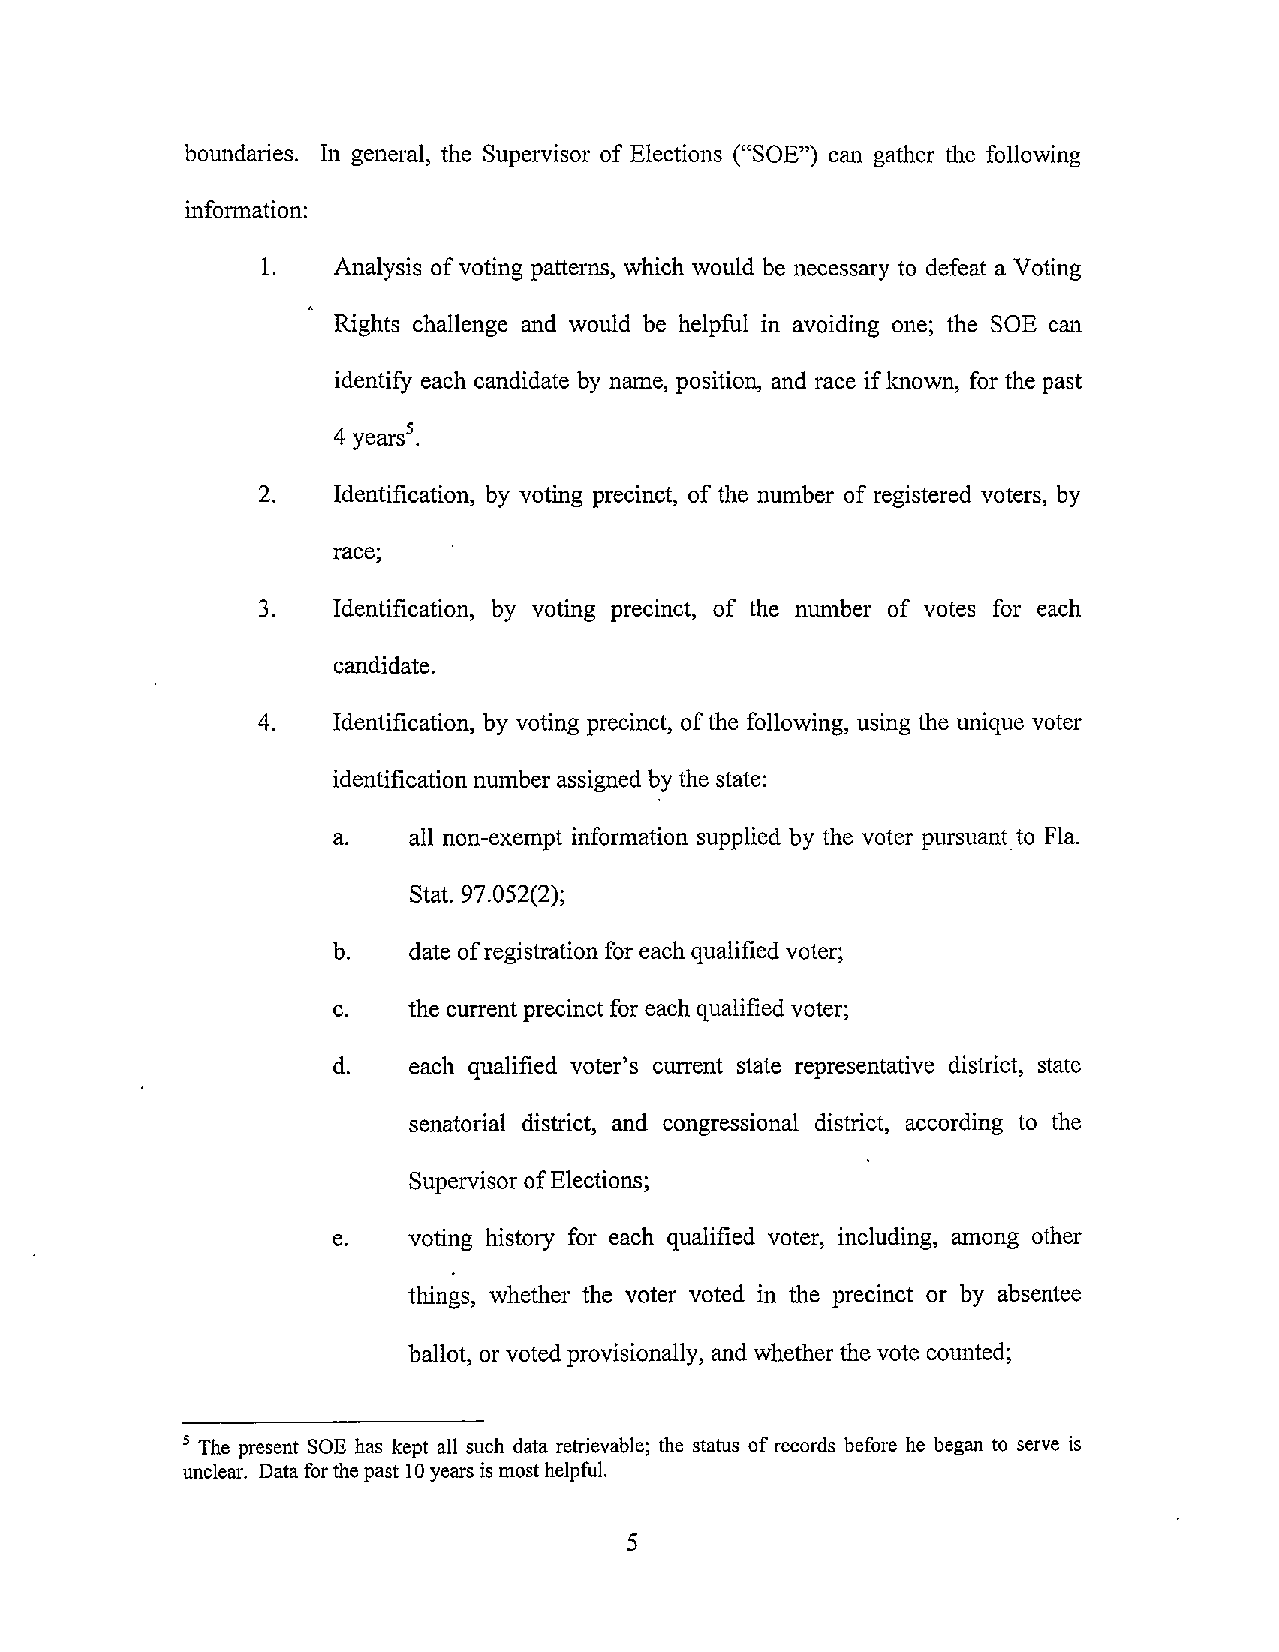
boundaries. In general, the Supervisor of Elections ("SOE") can gather the following
 information:
 I.   Analysis ofvoting patterns, which would be necessary to defeat a Voting
 Rights challenge and would be helpful in avoiding one; the SOE can
 identify each candidate by name, position, and race ifknown, for the past
 2.   Identification, by voting precinct, of the number of registered voters, by
 race;
 3.   Identification, by voting precinct, of the number of votes for each
 candidate.
 4.   Identification, by voting precinct, ofthe following, using the unique voter
 identification number assigned bythe state:
 a.   all non-exempt information supplied by the voter pursuantto Fla.
 Stat. 97.052(2);
 b.   date ofregistrationfor eachqualified voter;
 c.   the currentprecinctfor eachqualified voter;
 d.   each qualified voter's current state representative district, state
 senatorial district, and congressional district, according to the
 SupervisorofElections;
 e.   voting history for each qualified voter, including, among other
 things, whether the voter voted in the precinct or by absentee
 ballot, or voted provisionally, and whether thevote counted;
 5 The present SOE has kept all such data retrievable; the status ofrecords before he began to serve is
 unclear. Dataforthepast 10years is mosthelpful.
 5